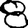
Digit: 8